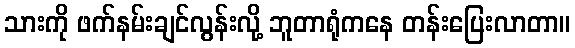
သားကို ဖက်နမ်းချင်လွန်းလို့ ဘူတာရုံကနေ တန်းပြေးလာတာ။